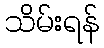
သိမ်းရန်